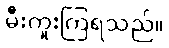
မီးကူးကြရသည်။